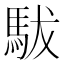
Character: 䮂